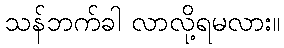
သန်ဘက်ခါ လာလို့ရမလား။